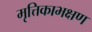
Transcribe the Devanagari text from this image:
मृत्तिकाभक्षण